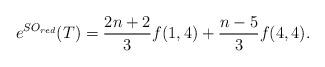
LaTeX: \begin{align*}e^{SO_{red}}(T)=\frac{2n+2}{3}f(1,4)+\frac{n-5}{3}f(4,4).\end{align*}